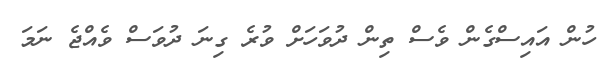
ހުން އައިސްގެން ވެސް ތިން ދުވަހަށް ވުރެ ގިނަ ދުވަސް ވެއްޖެ ނަމަ